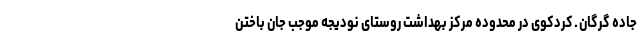
جاده گرگان ـ کردکوی در محدوده مرکز بهداشت روستای نودیجه موجب جان باختن